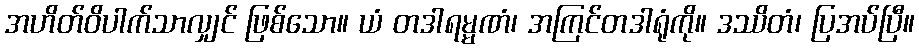
အဟိတ်ဝိပါက်သာလျှင် ဖြစ်သော။ ယံ တဒါရမ္မဏံ၊ အကြင်တဒါရုံကို။ ဒဿိတံ၊ ပြအပ်ပြီ။